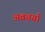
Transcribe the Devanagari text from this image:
अवतर्या